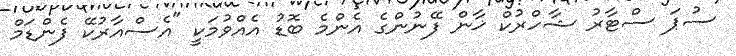
ސުޕަ ސްޓާރު ޝާހްރުކް ޚާން ފޭނުންގެ އެންމެ ބޮޑު އެއްވުމަކީ "އެސްއާރުކޭ ފެންޑަމް